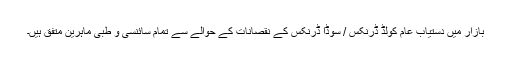
بازار میں دستیاب عام کولڈ ڈرنکس / سوڈا ڈرنکس کے نقصانات کے حوالے سے تمام سائنسی و طبی ماہرین متفق ہیں۔